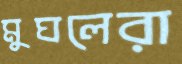
মুঘলেরা